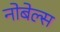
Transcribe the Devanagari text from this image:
नोबेल्स